Problem: 2 × 7 = ?
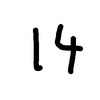
Handwritten answer: 14